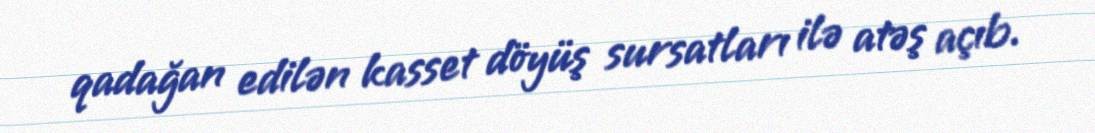
qadağan edilən kasset döyüş sursatları ilə atəş açıb.